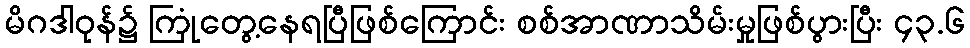
မိဂဒါဝုန်၌ ကြုံတွေ့နေရပြီဖြစ်ကြောင်း စစ်အာဏာသိမ်းမှုဖြစ်ပွားပြီး ၄၃.၆